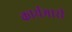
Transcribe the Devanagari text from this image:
कार्यभारी